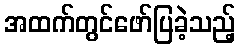
အထက်တွင်ဖော်ပြခဲ့သည့်